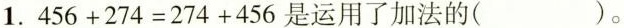
1. $$4 5 6 + 2 7 4 = 2 7 4 + 4 5 6$$是运用了加法的（）。